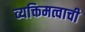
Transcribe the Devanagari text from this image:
व्यक्तिमत्वाची